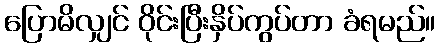
ပြောမိလျှင် ဝိုင်းပြီးနှိပ်ကွပ်တာ ခံရမည်။